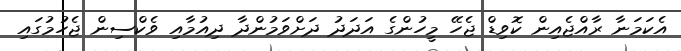
އެކަމަނާ ރާއްޖެއިން ކޮވިޑް ޖެހޭ މީހުންގެ އަދަދު ދަށްވަމުންދާ ދިއުމާއި ވެކްސިން ޖެހުމުގައި